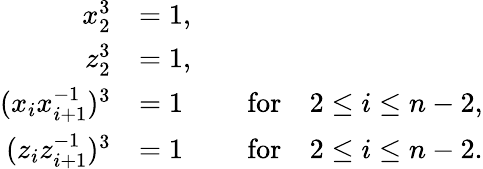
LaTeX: \begin{array}{rlr}{x_{2}^{3}}&{=1,}&\\ {z_{2}^{3}}&{=1,}&\\ {(x_{i}x_{i+1}^{-1})^{3}}&{=1}&{\quad\textrm{for}\quad 2\leq i\leq n-2,}\\ {(z_{i}z_{i+1}^{-1})^{3}}&{=1}&{\quad\textrm{for}\quad 2\leq i\leq n-2.}\end{array}